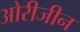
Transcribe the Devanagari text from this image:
ओरीजीन